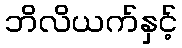
ဘိလိယက်နှင့်